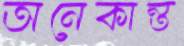
অনেকান্ত